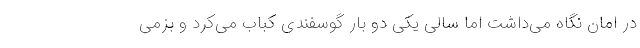
در امان نگاه می‌داشت اما سالی یکی دو بار گوسفندی کباب می‌کرد و بزمی